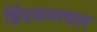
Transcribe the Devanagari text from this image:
हिंदसमाचार